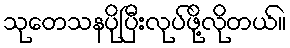
သုတေသနပိုပြီးလုပ်ဖို့လိုတယ်။